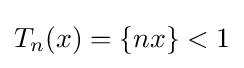
T_{n}(x)=\{nx\}<1